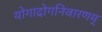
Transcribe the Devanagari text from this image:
योगाद्रोगनिवारणम्